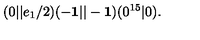
( 0 \vert \vert e _ { 1 } / 2 ) ( - { \bf 1 } \vert \vert - { \bf 1 } ) ( 0 ^ { 1 5 } \vert 0 ) .